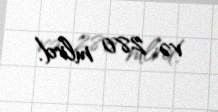
və 280 mlrd.